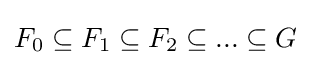
F_{0}\subseteq F_{1}\subseteq F_{2}\subseteq ...\subseteq G